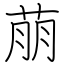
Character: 萠